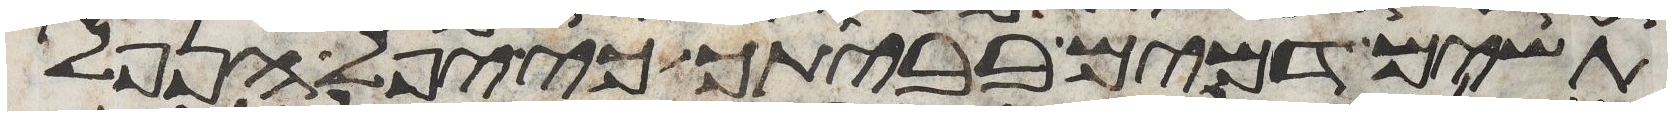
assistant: תשים דמים בביתך כי יפל הנפל